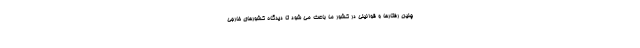
چنین رفتارها و قوانینی در کشور ما باعث می شود تا دیدگاه کشورهای خارجی